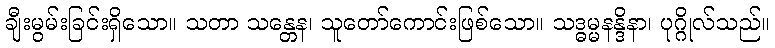
ချီးမွမ်းခြင်းရှိသော။ သတာ သန္တေန၊ သူတော်ကောင်းဖြစ်သော။ သဒ္ဓမ္မနန္ဒိနာ၊ ပုဂ္ဂိုလ်သည်။